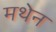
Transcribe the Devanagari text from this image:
मथेन